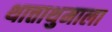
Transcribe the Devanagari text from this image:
थात्ताथुमाला